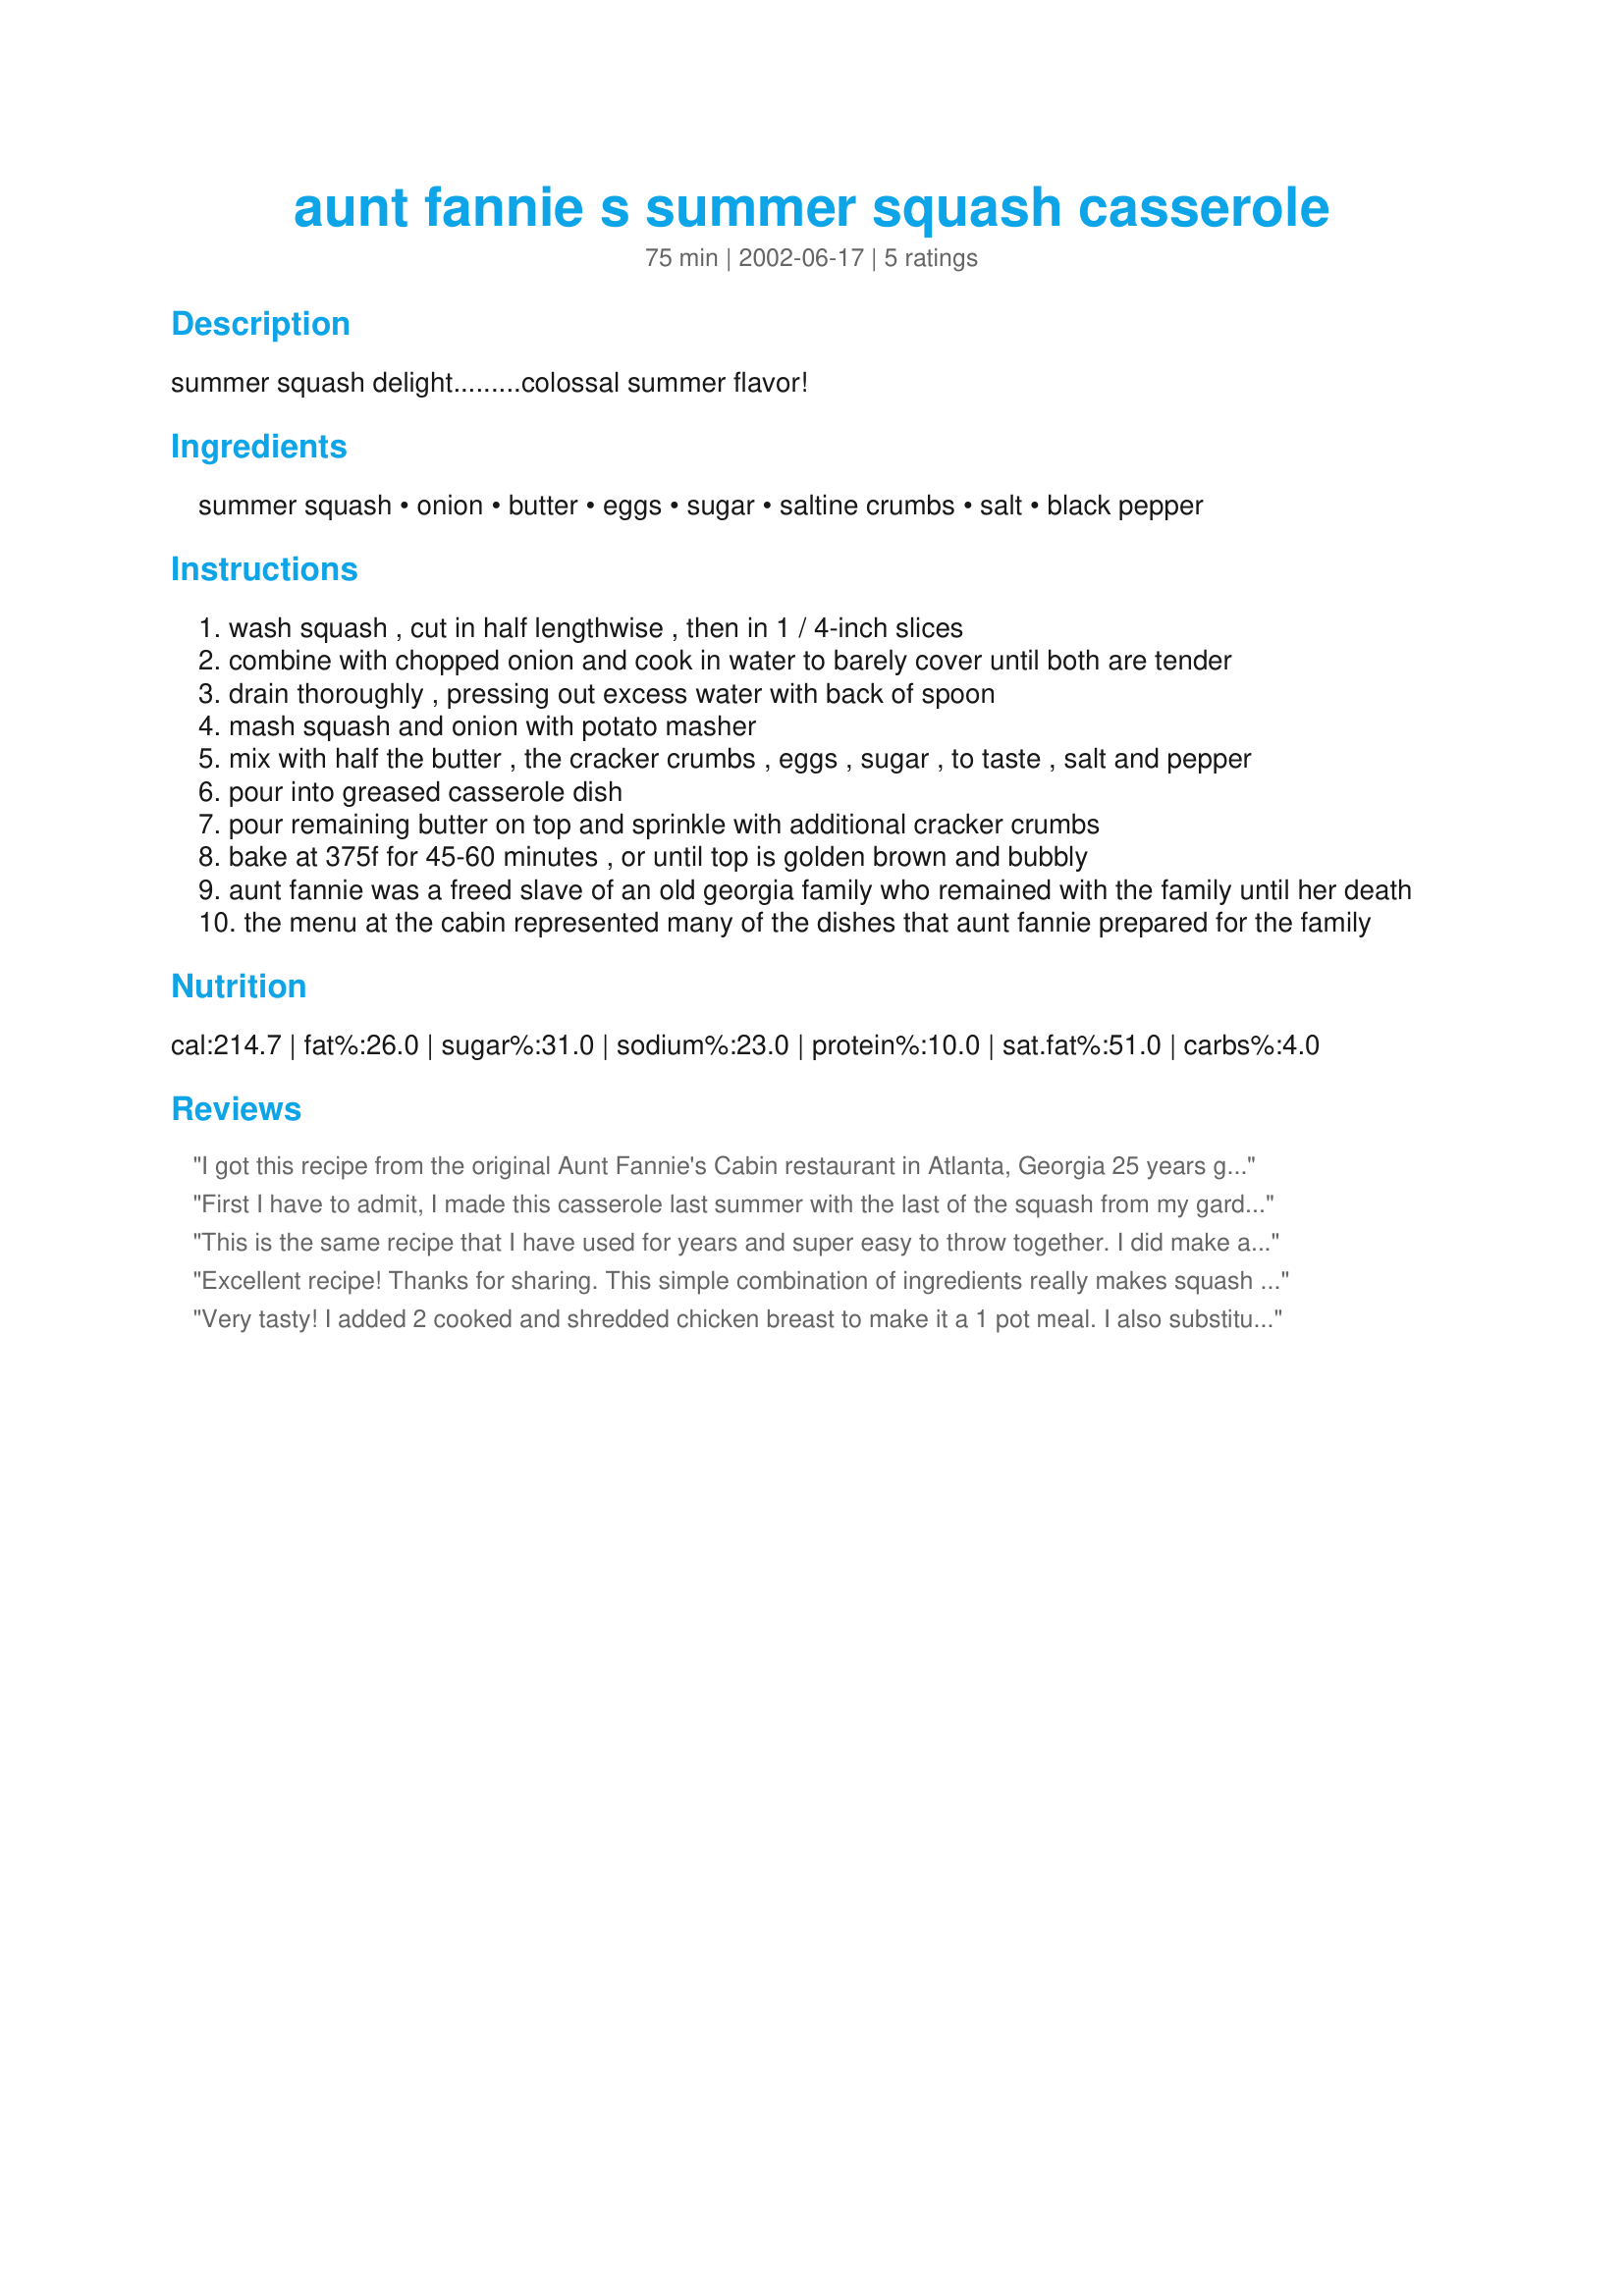
aunt fannie s summer squash casserole
Preparation time: 75 minutes

summer squash delight.........colossal summer flavor!

Ingredients:
summer squash, onion, butter, eggs, sugar, saltine crumbs, salt, black pepper

Steps:
wash squash , cut in half lengthwise , then in 1 / 4-inch slices
combine with chopped onion and cook in water to barely cover until both are tender
drain thoroughly , pressing out excess water with back of spoon
mash squash and onion with potato masher
mix with half the butter , the cracker crumbs , eggs , sugar , to taste , salt and pepper
pour into greased casserole dish
pour remaining butter on top and sprinkle with additional cracker crumbs
bake at 375f for 45-60 minutes , or until top is golden brown and bubbly
aunt fannie was a freed slave of an old georgia family who remained with the family until her death
the menu at the cabin represented many of the dishes that aunt fannie prepared for the family

Reviews:
I got this recipe from the original Aunt Fannie's Cabin restaurant in Atlanta, Georgia 25 years go. I thought I had lost my copy of the recipe. However, I found it in a box last year. Fortunately, I have made this so many times that I still remembered the recipe. The only difference is that I now add pre-cooked bacon (not available 25 years ago!) to the cracker crumb topping. I also like that someone put this in the freezer and it came out just fine. I will definitely keep 1 or 2 on hand for the holidays.
First I have to admit, I made this casserole last summer with the last of the squash from my garden, stuck it in the freezer (minus the saltines) and forgot about it till I moved a couple of weeks ago :) I thawed it out today, popped it in the oven and topped it with the saltines about 15 minutes from the end of cook time. It was delish! I love that the flavor of the squash was distinct and summer fresh, not overpowered by any of the ingredients. This is a keeper! Thanks Mr. Bill!
This is the same recipe that I have used for years and super easy to throw together. I did make a couple of changes though. We love onions, so I do not boil mine with the squash, but add them with the other ingredients. They are not over powering. I always use Ritz crackers because I prefer their buttery taste and sprinkle with canned Parmesean Cheese before baking. At holidays, I prepare this the day before BUT do not add the topping, cover and refrigerate. The next day all that I have to do is add the topping and bake. So much easier for me that way.
Excellent recipe! Thanks for sharing. This simple combination of ingredients really makes squash spectacular. I do think I'll try less butter and salt next time; it was a little greasy on top for my taste, so maybe I will just add the butter to the squash mix and then spritz the top with olive oil. Next time I make it I will post a photo... but unfortunately this time it got gobbled up before I could get a shot of it!
Very tasty! I added 2 cooked and shredded chicken breast to make it a 1 pot meal. I also substituted French Fried Onions for the crackers. My 2 young boys loved this as well. Thanks for sharing the recipe.
